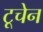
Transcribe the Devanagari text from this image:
टूचेन